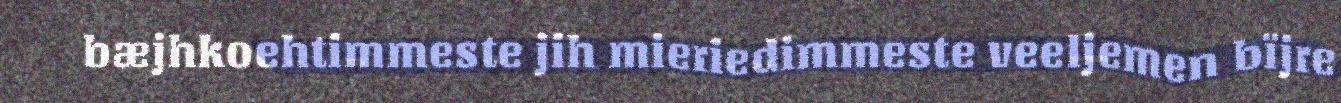
bæjhkoehtimmeste jih mieriedimmeste veeljemen bïjre